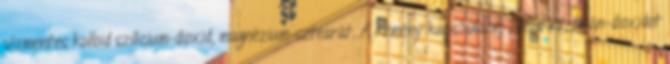
vízmentes kolloid szilícium-dioxid, magnézium-sztearát. A kemény kapszulahéj zselatint, titán-dioxidot